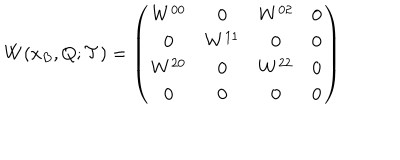
LaTeX: W ( x _ { B } , Q ; { \mathcal T } ) = \left( \begin{array} { c c c c } { { W ^ { 0 0 } } } & { { 0 } } & { { W ^ { 0 2 } } } & { { 0 } } \\ { { 0 } } & { { W ^ { 1 1 } } } & { { 0 } } & { { 0 } } \\ { { W ^ { 2 0 } } } & { { 0 } } & { { W ^ { 2 2 } } } & { { 0 } } \\ { { 0 } } & { { 0 } } & { { 0 } } & { { 0 } } \\ \end{array} \right)